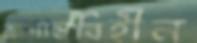
আদ্যন্তবিহীন